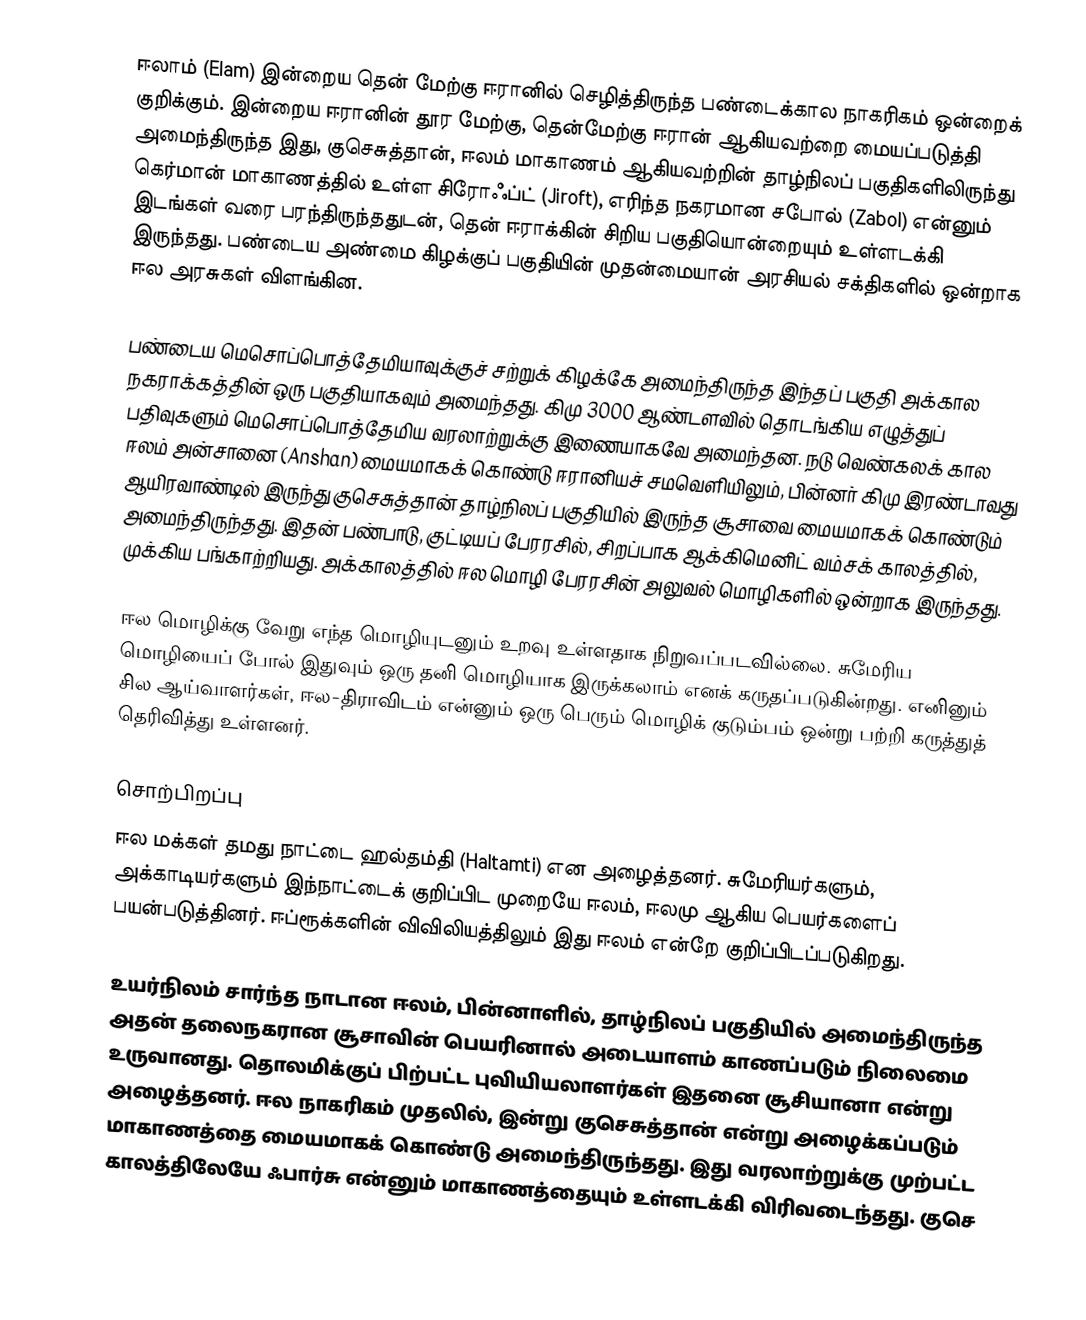
ஈலாம் (Elam) இன்றைய தென் மேற்கு ஈரானில் செழித்திருந்த பண்டைக்கால நாகரிகம் ஒன்றைக் குறிக்கும். இன்றைய ஈரானின் தூர மேற்கு, தென்மேற்கு ஈரான் ஆகியவற்றை மையப்படுத்தி அமைந்திருந்த இது, குசெசுத்தான், ஈலம் மாகாணம் ஆகியவற்றின் தாழ்நிலப் பகுதிகளிலிருந்து கெர்மான் மாகாணத்தில் உள்ள சிரோஃப்ட் (Jiroft), எரிந்த நகரமான சபோல் (Zabol) என்னும் இடங்கள் வரை பரந்திருந்ததுடன், தென் ஈராக்கின் சிறிய பகுதியொன்றையும் உள்ளடக்கி இருந்தது. பண்டைய அண்மை கிழக்குப் பகுதியின் முதன்மையான் அரசியல் சக்திகளில் ஒன்றாக ஈல அரசுகள் விளங்கின.

பண்டைய மெசொப்பொத்தேமியாவுக்குச் சற்றுக் கிழக்கே அமைந்திருந்த இந்தப் பகுதி அக்கால நகராக்கத்தின் ஒரு பகுதியாகவும் அமைந்தது. கிமு 3000 ஆண்டளவில் தொடங்கிய எழுத்துப் பதிவுகளும் மெசொப்பொத்தேமிய வரலாற்றுக்கு இணையாகவே அமைந்தன. நடு வெண்கலக் கால ஈலம் அன்சானை (Anshan) மையமாகக் கொண்டு ஈரானியச் சமவெளியிலும், பின்னர் கிமு இரண்டாவது ஆயிரவாண்டில் இருந்து குசெசுத்தான் தாழ்நிலப் பகுதியில் இருந்த சூசாவை மையமாகக் கொண்டும் அமைந்திருந்தது. இதன் பண்பாடு, குட்டியப் பேரரசில், சிறப்பாக ஆக்கிமெனிட் வம்சக் காலத்தில், முக்கிய பங்காற்றியது. அக்காலத்தில் ஈல மொழி பேரரசின் அலுவல் மொழிகளில் ஒன்றாக இருந்தது.

ஈல மொழிக்கு வேறு எந்த மொழியுடனும் உறவு உள்ளதாக நிறுவப்படவில்லை. சுமேரிய மொழியைப் போல் இதுவும் ஒரு தனி மொழியாக இருக்கலாம் எனக் கருதப்படுகின்றது. எனினும் சில ஆய்வாளர்கள், ஈல-திராவிடம் என்னும் ஒரு பெரும் மொழிக் குடும்பம் ஒன்று பற்றி கருத்துத் தெரிவித்து உள்ளனர்.

சொற்பிறப்பு
ஈல மக்கள் தமது நாட்டை ஹல்தம்தி (Haltamti) என அழைத்தனர். சுமேரியர்களும், அக்காடியர்களும் இந்நாட்டைக் குறிப்பிட முறையே ஈலம், ஈலமு ஆகிய பெயர்களைப் பயன்படுத்தினர். ஈப்ரூக்களின் விவிலியத்திலும் இது ஈலம் என்றே குறிப்பிடப்படுகிறது.

உயர்நிலம் சார்ந்த நாடான ஈலம், பின்னாளில், தாழ்நிலப் பகுதியில் அமைந்திருந்த அதன் தலைநகரான சூசாவின் பெயரினால் அடையாளம் காணப்படும் நிலைமை உருவானது. தொலமிக்குப் பிற்பட்ட புவியியலாளர்கள் இதனை சூசியானா என்று அழைத்தனர். ஈல நாகரிகம் முதலில், இன்று குசெசுத்தான் என்று அழைக்கப்படும் மாகாணத்தை மையமாகக் கொண்டு அமைந்திருந்தது. இது வரலாற்றுக்கு முற்பட்ட காலத்திலேயே ஃபார்சு என்னும் மாகாணத்தையும் உள்ளடக்கி விரிவடைந்தது. குசெ